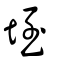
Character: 垤